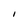
Character: I